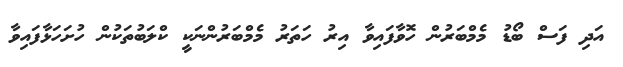
އަދި ފަސް ބޯޑު މެމްބަރުން ހޮވާފައިވާ އިރު ހަތަރު މެމްބަރުންނަކީ ކްލަބުތަކުން ހުށަހަޅާފައިވާ